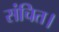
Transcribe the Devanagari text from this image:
संचित।